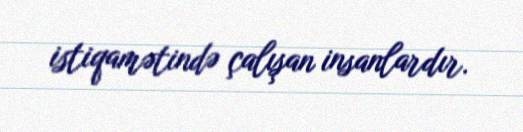
istiqamətində çalışan insanlardır.